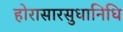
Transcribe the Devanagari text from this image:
होरासारसुधानिधि